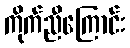
ကိုက်ညီကြောင်း